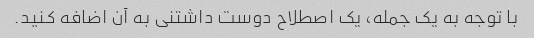
با توجه به یک جمله، یک اصطلاح دوست داشتنی به آن اضافه کنید.